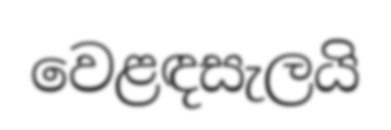
වෙළඳසැලයි